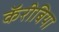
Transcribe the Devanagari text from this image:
कॅरीबिया